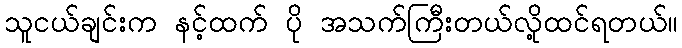
သူငယ်ချင်းက နင့်ထက် ပို အသက်ကြီးတယ်လို့ထင်ရတယ်။